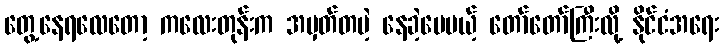
တွေ့နေရလေတော့ ကလေးတုန်းက အမှတ်တမဲ့ နေခဲ့ပေမယ့် တော်တော်ကြီးလို့ နိုင်ငံအရေး